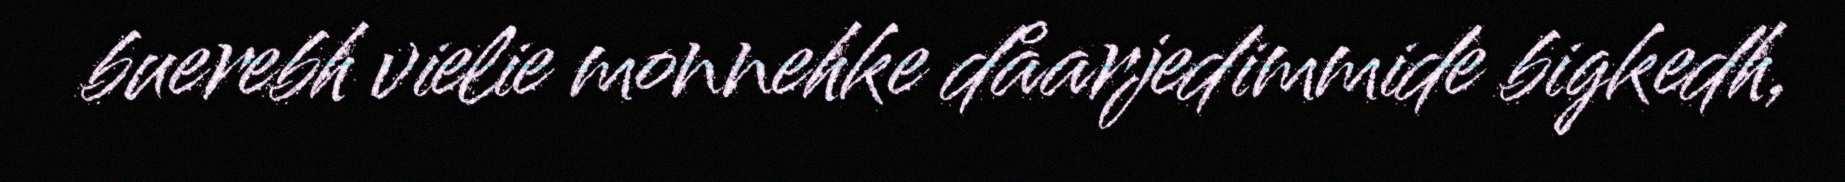
buerebh vielie monnehke dåarjedimmide bigkedh,